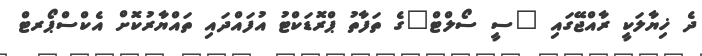
ދެ ޚިޔާލަކީ ރާއްޖޭގައި "ސީ ސޯލްޓް"ގެ ތަފާތު ޕްރޮޑަކްޓު އުފައްދައި ތައްޔާރުކޮށް އެކްސްޕޯރޓް